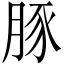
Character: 豚